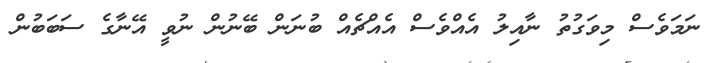
ނަމަވެސް މިވަގުތު ނާއިލު އެއްވެސް އެއްޗެއް ބުނަން ބޭނުން ނުވީ އޭނާގެ ސަބަބުން